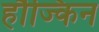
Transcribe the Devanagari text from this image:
हौज्किन